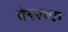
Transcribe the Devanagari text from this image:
वेबरच्या